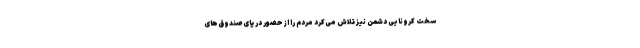
سخت کرونایی دشمن نیز تلاش می‌کرد مردم را از حضور در پای صندوق‌های